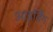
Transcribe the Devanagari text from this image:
आइर्विंग